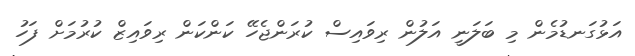
އަޅުގަނޑުމެން މި ބަލަނީ އަލުން ރިވައިސް ކުރަންޖެހޭ ކަންކަން ރިވައިޒް ކުރުމަށް ފަހު